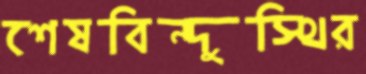
শেষবিন্দুস্থির